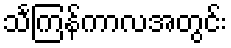
သင်္ကြန်ကာလအတွင်း